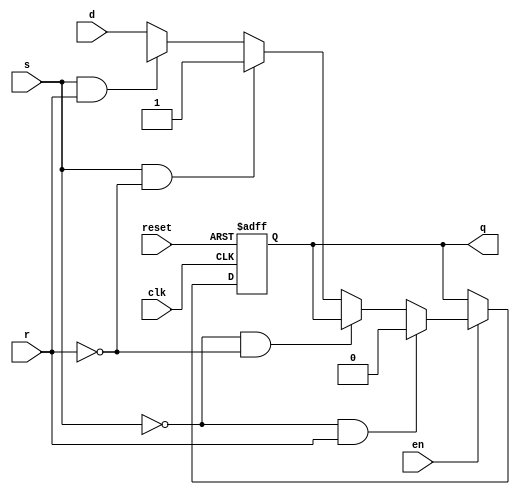
`timescale 1ns / 1ps

module dff_2(q, clk, s, r,  d, reset, en);
        
        input clk, en, d, reset, s, r;
        output reg q;
        
        always@(posedge clk, posedge reset)
        begin 
        q<=d;
        if(reset)
        q<=1'b0;
        else if (en==1'b0)
        q<=q;
        else if (s==1'b0 & r==1'b1)
        q<=0;
        else if (s==1'b0 & r==1'b0)
                q<=q;
        else if (s==1'b1 & r==1'b0)
                q<=1;
        else if (s==1'b1 & r==1'b1)
                q<=1'bx;        
         
        else
        q<=d;
        end
        
        
//endmodule
    
//    reg clk, d, reset, en;
//    wire q;
    
//    module dff_tb();
//    dff_2 newone(q, clk, d, reset, en);
    
//    initial
//    begin
    
//    #00 d=0; clk=0; reset=0; en=0;
//    #10 d=1; clk=1; reset=0; en=1;
//    #10 d=0; clk=0; reset=0; en=1;
//    #10 d=0; clk=1; reset=0; en=1;  
//    #10 d=1; clk=0; reset=0; en=1;
//    #10 d=1; clk=1; reset=0; en=1;
//    #10 d=1; clk=1; reset=0; en=1;
//    #10 d=0; clk=1; reset=0; en=1;  
//    #10 d=1; clk=0; reset=0; en=1;     
    
    
//    #10 $stop;
//    end
    
    
    endmodule